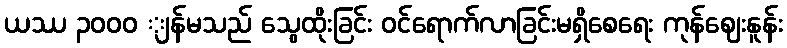
ယဿ ၃၀၀ဝ ျန်မသည် သွေထိုးခြင်း ဝင်ရောက်လာခြင်းမရှိစေရေး ကုန်ဈေးနူန်း